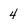
Character: 4